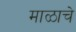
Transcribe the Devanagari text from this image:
माळाचे